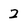
Character: 2